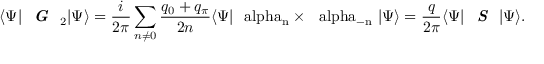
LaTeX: \langle \Psi | \textit { \textbf { G } } _ { 2 } | \Psi \rangle = \frac { i } { 2 \pi } \sum _ { n \neq 0 } \frac { q _ { 0 } + q _ { \pi } } { 2 n } \langle \Psi | \mathrm { \boldmath ~ \ a l p h a _ { n } \times ~ \ a l p h a _ { - n } ~ } | \Psi \rangle = \frac { q } { 2 \pi } \langle \Psi | \textit { \textbf { S } } | \Psi \rangle .